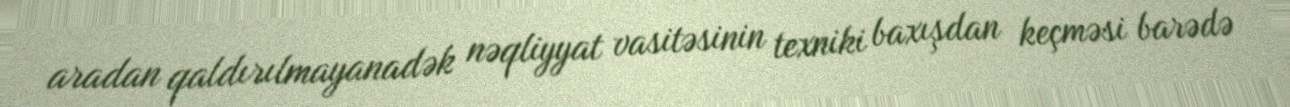
aradan qaldırılmayanadək nəqliyyat vasitəsinin texniki baxışdan keçməsi barədə